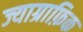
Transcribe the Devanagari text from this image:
ज्याग्राफ़िक